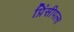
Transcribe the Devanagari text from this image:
प्रिंसीपल्स